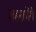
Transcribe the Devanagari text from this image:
लहरायेंगे